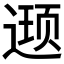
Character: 𮷥